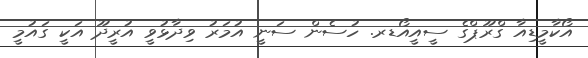
އޯކާމީޑިއާ ގްރޫޕްގެ ސީއީއޯޑރ. ހުސެން ސަނީ އުމަރު ވިދާޅުވީ އުރީދޫ އަކީ ގައުމީ